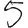
Digit: 5